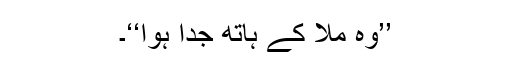
’’وُہ مِلا کے ہاتھ جُدا ہُوا‘‘۔